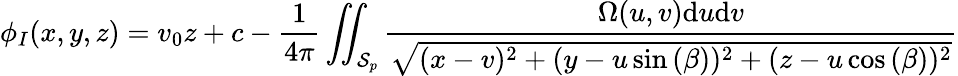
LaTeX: \phi_{I}(x,y,z)=v_{0}z+c-\frac{1}{4\pi}\iint_{\mathcal{S}_{p}}\frac{\Omega(u,v)\mathrm{d}u\mathrm{d}v}{\sqrt{(x-v)^{2}+(y-u\sin{(\beta)})^{2}+(z-u\cos{(\beta)})^{2}}}